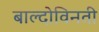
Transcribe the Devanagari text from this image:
बाल्दोविनती